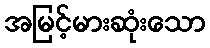
အမြင့်မားဆုံးသော